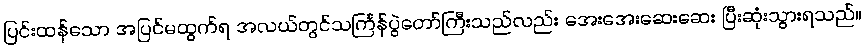
ပြင်းထန်သော အပြင်မထွက်ရ အလယ်တွင်သင်္ကြန်ပွဲတော်ကြီးသည်လည်း အေးအေးဆေးဆေး ပြီးဆုံးသွားရသည်။